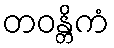
တဝန္တိကံ